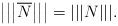
LaTeX: \begin{align*}\big|\big|\big|\overline{N}\big|\big|\big|=|||N|||.\end{align*}